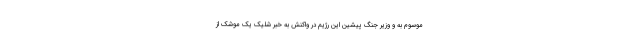
موسوم به و وزیر جنگ پیشین این رژیم در واکنش به خبر شلیک یک موشک از